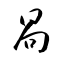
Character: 咼